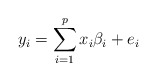
\begin{align*}y_i = \sum_{i=1}^{p}x_i\beta_i + e_i\end{align*}